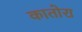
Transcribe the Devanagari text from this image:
कातोरा